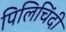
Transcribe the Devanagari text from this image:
पिलिचिंदी